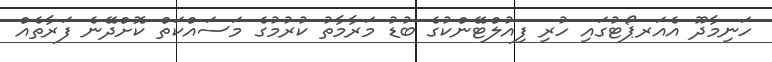
ހަނިމާދޫ އެއަރޕޯޓުގައި ހުރި ފިއުލްޓޭންކުގެ ބުޑު މަރާމާތު ކުރުމުގެ މަސައްކަތް ކޮށްދޭނެ ފަރާތެއް